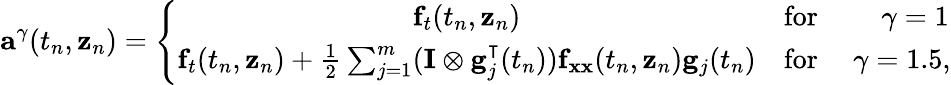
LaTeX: \mathbf{a}^{\mathbb{\gamma}}(t_{n},\mathbf{z}_{n})=\left\{ {\begin{array}{cl}{\mathbf{f}_{t}(t_{n},\mathbf{z}_{n})}&{{\mathrm{for~}}\qquad\mathbb{\gamma}=1}\\ {\mathbf{f}_{t}(t_{n},\mathbf{z}_{n})+{\frac{1}{2}}\sum_{j=1}^{m}(\mathbf{I}\otimes\mathbf{g}_{j}^{\intercal}(t_{n}))\mathbf{f}_{\mathbf{xx}}(t_{n},\mathbf{z}_{n})\mathbf{g}_{j}(t_{n})}&{{\mathrm{for~}}\quad\mathbb{\gamma}=1.5,}\end{array}}\right.